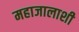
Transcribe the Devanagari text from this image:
महाजालाशी